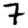
Digit: 7